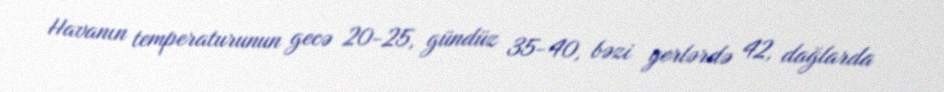
Havanın temperaturunun gecə 20-25, gündüz 35-40, bəzi yerlərdə 42, dağlarda